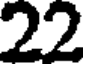
22